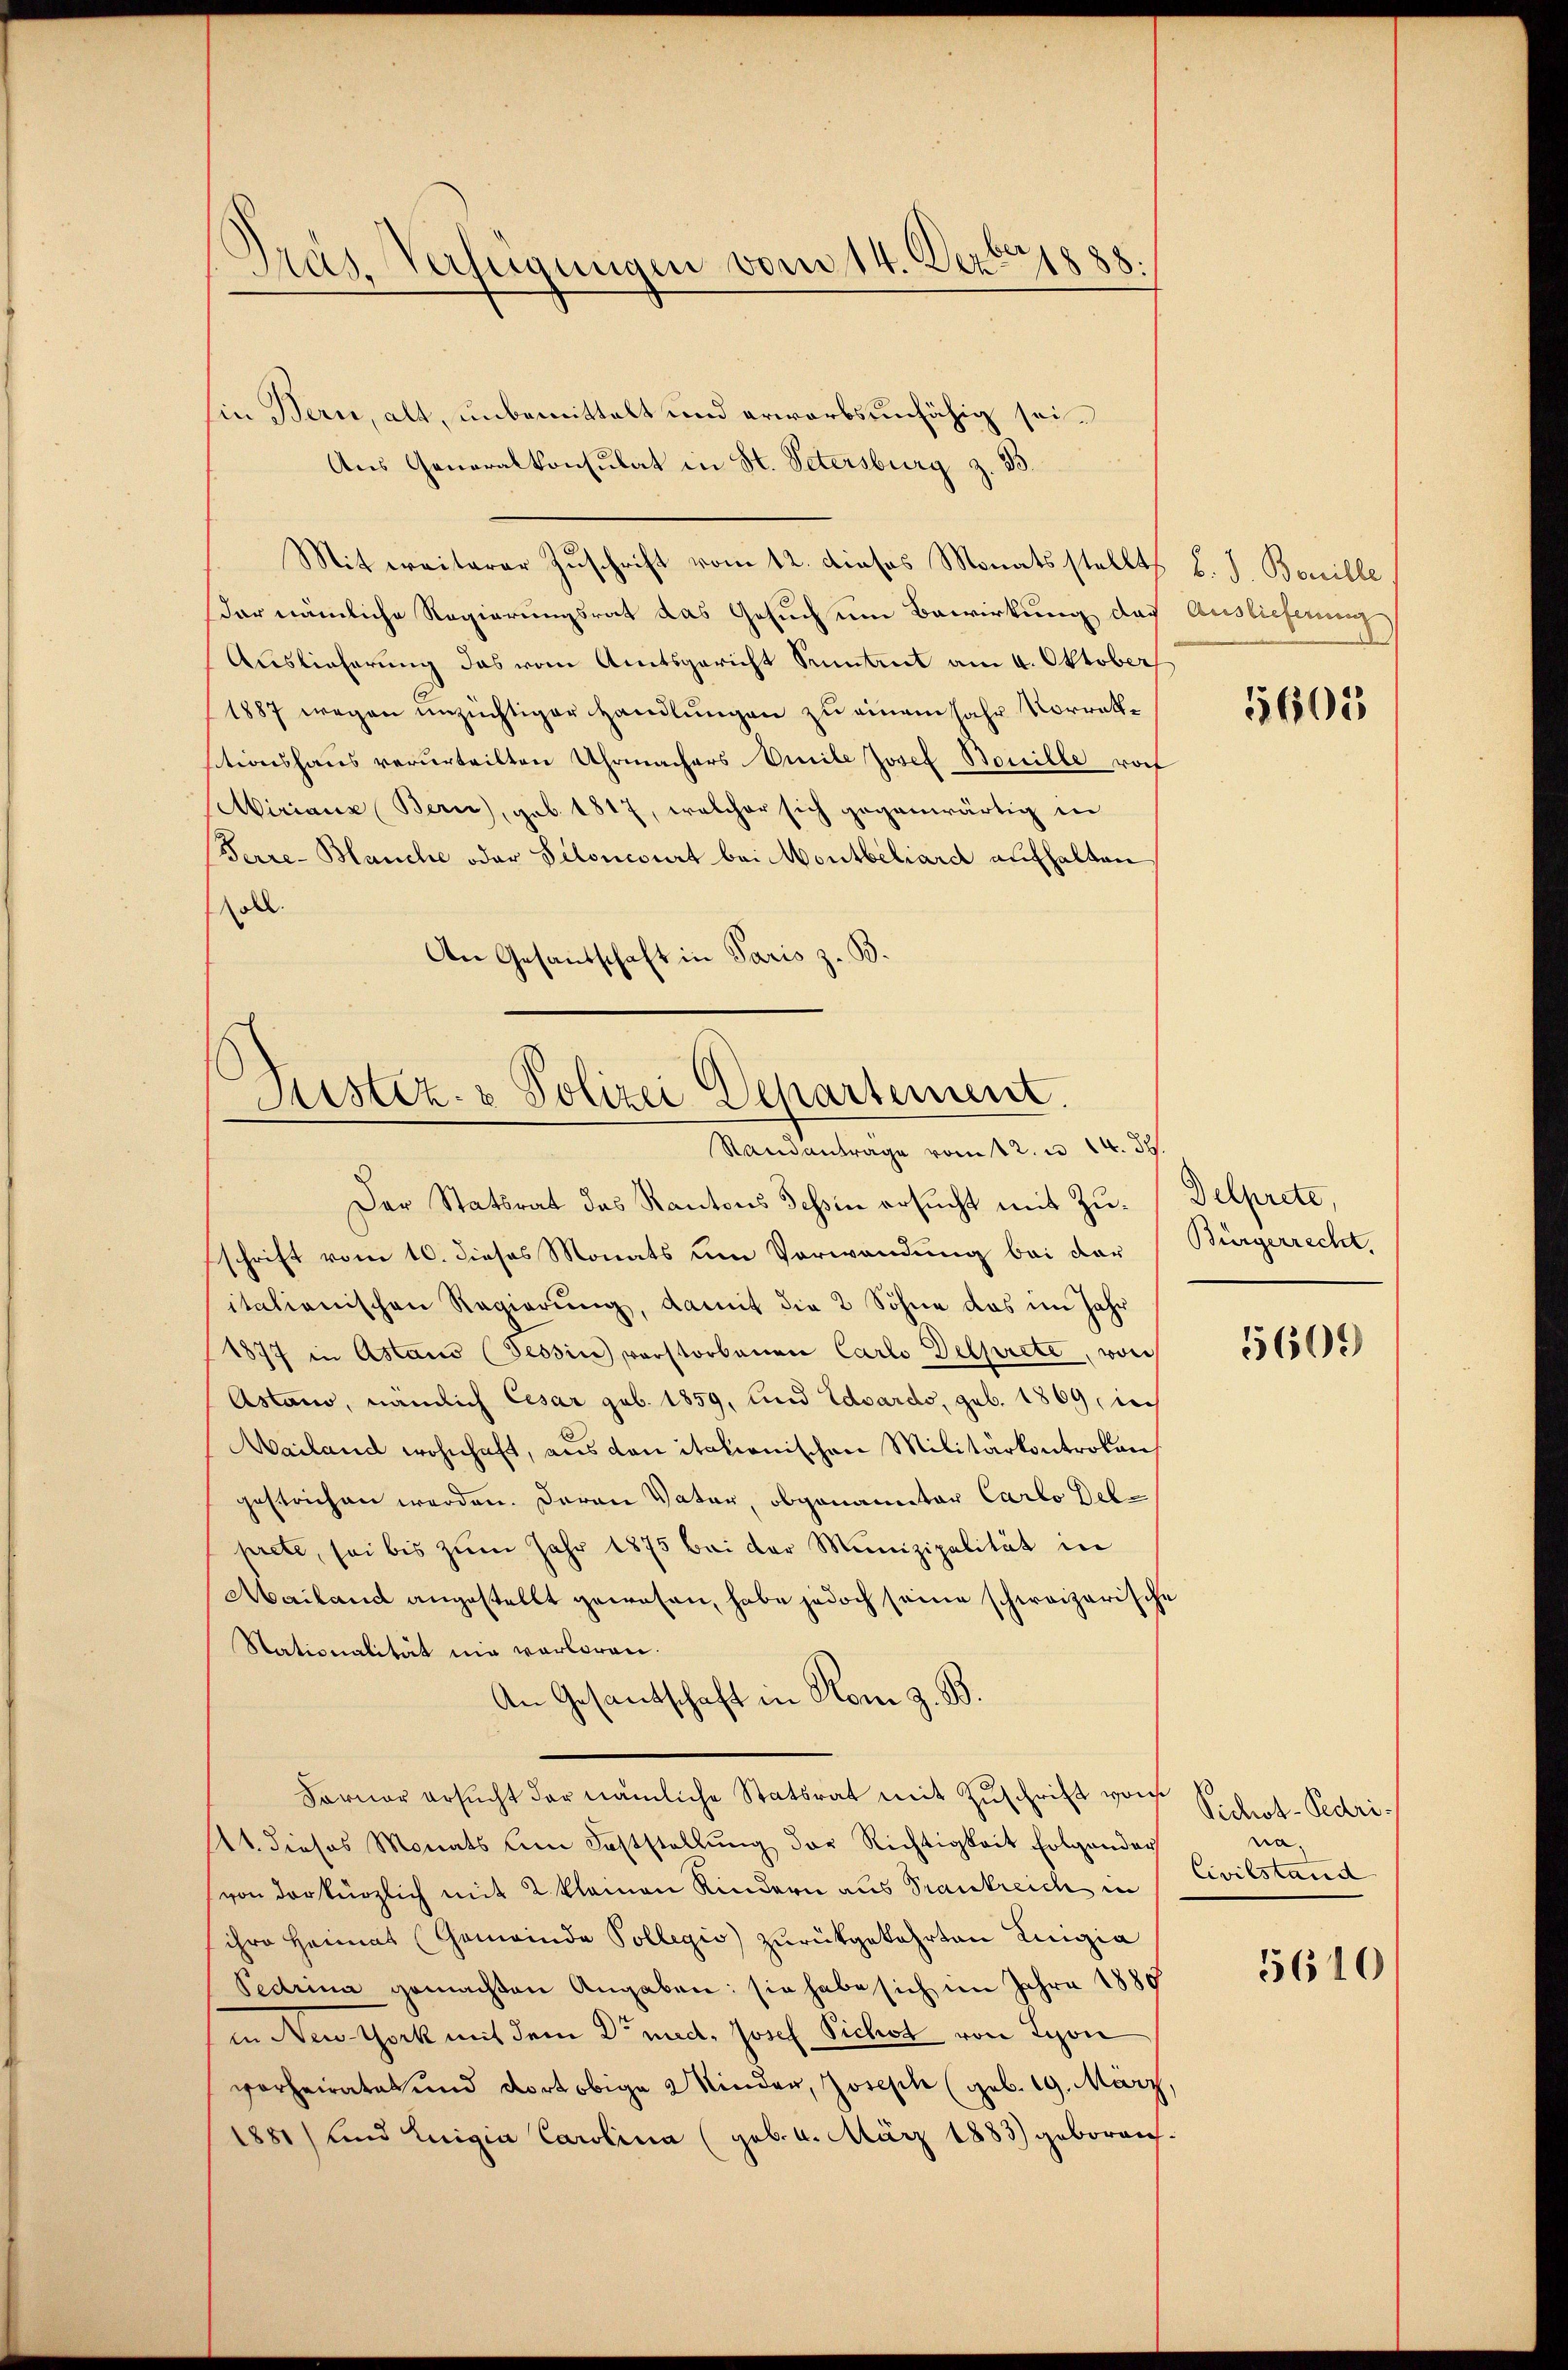
Präs. Verfügungen vom 14. Dezbr 1888.

sie Bern, alt, unbemittelt und erwarbsunfähig sei¬
Aus Generalkonsulat in St. Petersburg z. B.
Mitereiterer Zuschrift vom 12. dieses Monatsstellt v. J. Bonille.
der nämliche Regierungsrat das Gesuch um Bewirkung das Auslieferung
Auslieferung das vom Amtsgericht Sentent am 4. Oktober
1887 wegen unzüchtiger Handlungen zu einem Jahr Vorrattsitionshaus verurteilten Uhrmachers Amile Josef Bouille roch
Miriana Bern), geb. 1817, welcher sich gegenwärtig in
Serre-Blanche oder Siloncourt bei Montbeliard aufhalten
soll.
An Gesandschaft in Paris z. B.

Justiz- & Polizei Departement.
Standantrage vom 12. u. 14. 39.

Der Statsrat des Kantons Tessin ersucht mit Zu- Delprete,
schrift vom 10. dieses Monats um Vorwendung bei der Bürgerrecht,
italienischen Regierung, damit die 2 Söhne das im Jahr
1877 in Astaus (Tessin vorstorbenen Carlo Delprete, von
Astano, nämlich Cesar sub. 1859, und Eduardo, geb. 1869, in
Mailand wohnhaft, aus den italionischen Militärkontrolen
gestrichen werden. Daran Vater, obgenannter Carlo Delprete, sei bis zum Jahr 1875 bei der Munizipalität in
Aailand angestellt gewesen, habe jedoch seine schweizerische
Stationalität nie verloren.
An Gesantschaft in Rom z. B.
Forner ersucht der nämliche Statsrat mit Zuschrift von
14. dieses Monats am Feststellung der Richtigkeit folgender
(von der kürzlich mit 2 kleinen Kindern aus Frankreich in
ihre Heimat (Gemeinde Sollegio zurückgekehrten Luigia
Pedrina gemachten Angaben: sie habe sich im Jahre 1880
in New York mit dem Dr med. Josef Sichst von Lyon
vorheiratet und dort obige Kinder, Joseph (geb. 19. März,
1881) und Luigia Carolina (geb. 4. März 1883) gebornich

5605

5609

Vichot-Pedrina.
Civilstand

5610